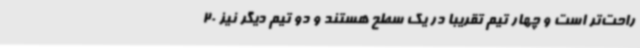
راحت‌تر است و چهار تیم تقریبا در یک سطح هستند و دو تیم دیگر نیز 20